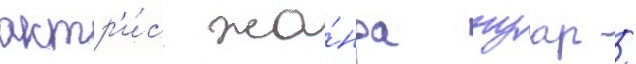
актр'и́с жа́нра нуар /